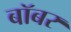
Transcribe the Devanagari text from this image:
बॉबर